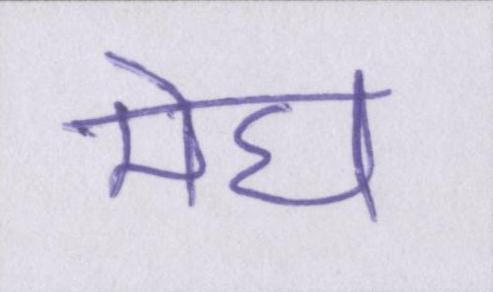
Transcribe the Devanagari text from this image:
मेघ